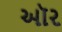
ઑર